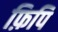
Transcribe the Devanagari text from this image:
फ़िपि